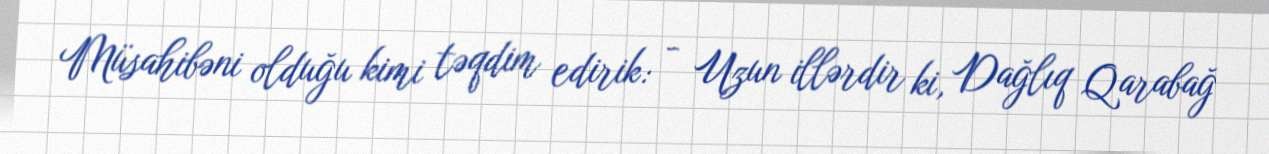
Müsahibəni olduğu kimi təqdim edirik: - Uzun illərdir ki, Dağlıq Qarabağ